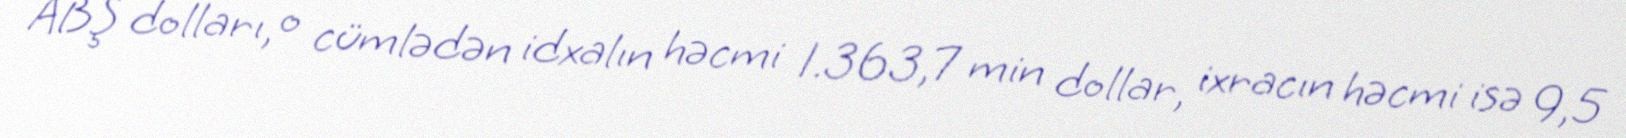
ABŞ dolları, o cümlədən idxalın həcmi 1.363,7 min dollar, ixracın həcmi isə 9,5